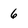
Character: 6